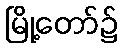
မြို့တော်၌